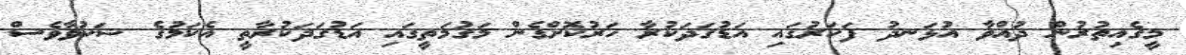
މީގެއިތުރުން ދުއްވާ އުޅަނދު ފަހަރުގައި އަޑުގަދަކުރާ ހަރުކޮށްގެން މަގުމަތީގައި އަޑުގަދަކުރާތީ އެކަމުގެ ޝަކުވާވެސް